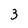
Character: 3